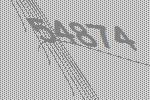
54874